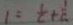
1 = \frac { 1 } { c } + \frac { 1 } { c }